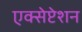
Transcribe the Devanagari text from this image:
एक्सेप्टेशन